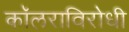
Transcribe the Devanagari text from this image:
कॉलराविरोधी